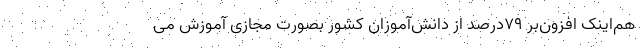
هم‌اینک افزون‌بر ۷۹درصد از دانش‌آموزان کشور بصورت مجازی آموزش می‌